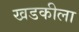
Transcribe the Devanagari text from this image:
खडकीला